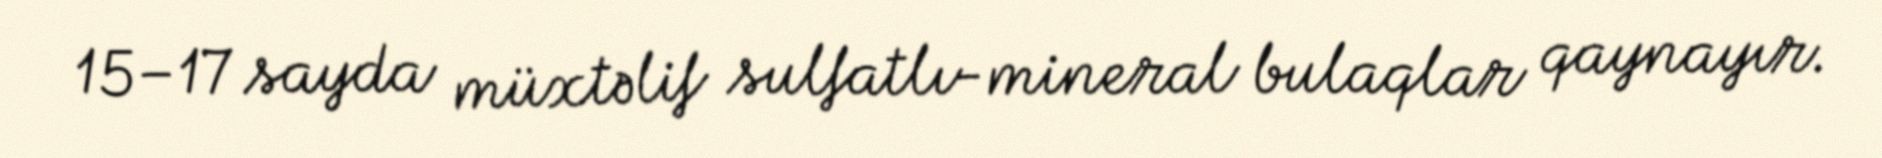
15–17 sayda müxtəlif sulfatlı-mineral bulaqlar qaynayır.